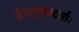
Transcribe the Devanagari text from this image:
ईशगुणादर्शः